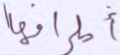
أطرافها